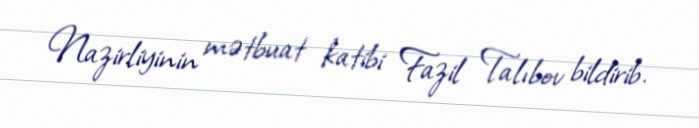
Nazirliyinin mətbuat katibi Fazil Talıbov bildirib.